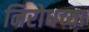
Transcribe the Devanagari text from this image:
निरोधच्या